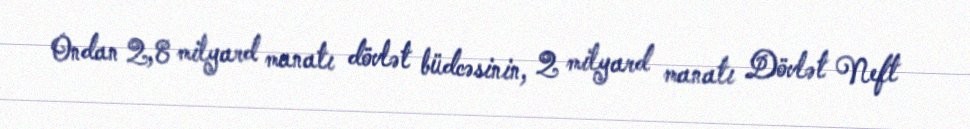
Ondan 2,8 milyard manatı dövlət büdcəsinin, 2 milyard manatı Dövlət Neft